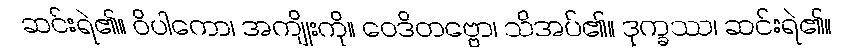
ဆင်းရဲ၏။ ဝိပါကော၊ အကျိုးကို။ ဝေဒိတဗ္ဗော၊ သိအပ်၏။ ဒုက္ခဿ၊ ဆင်းရဲ၏။